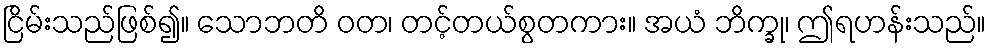
ငြိမ်းသည်ဖြစ်၍။ သောဘတိ ဝတ၊ တင့်တယ်စွတကား။ အယံ ဘိက္ခု၊ ဤရဟန်းသည်။